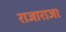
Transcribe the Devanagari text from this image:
राजाराजा